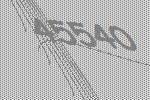
45540